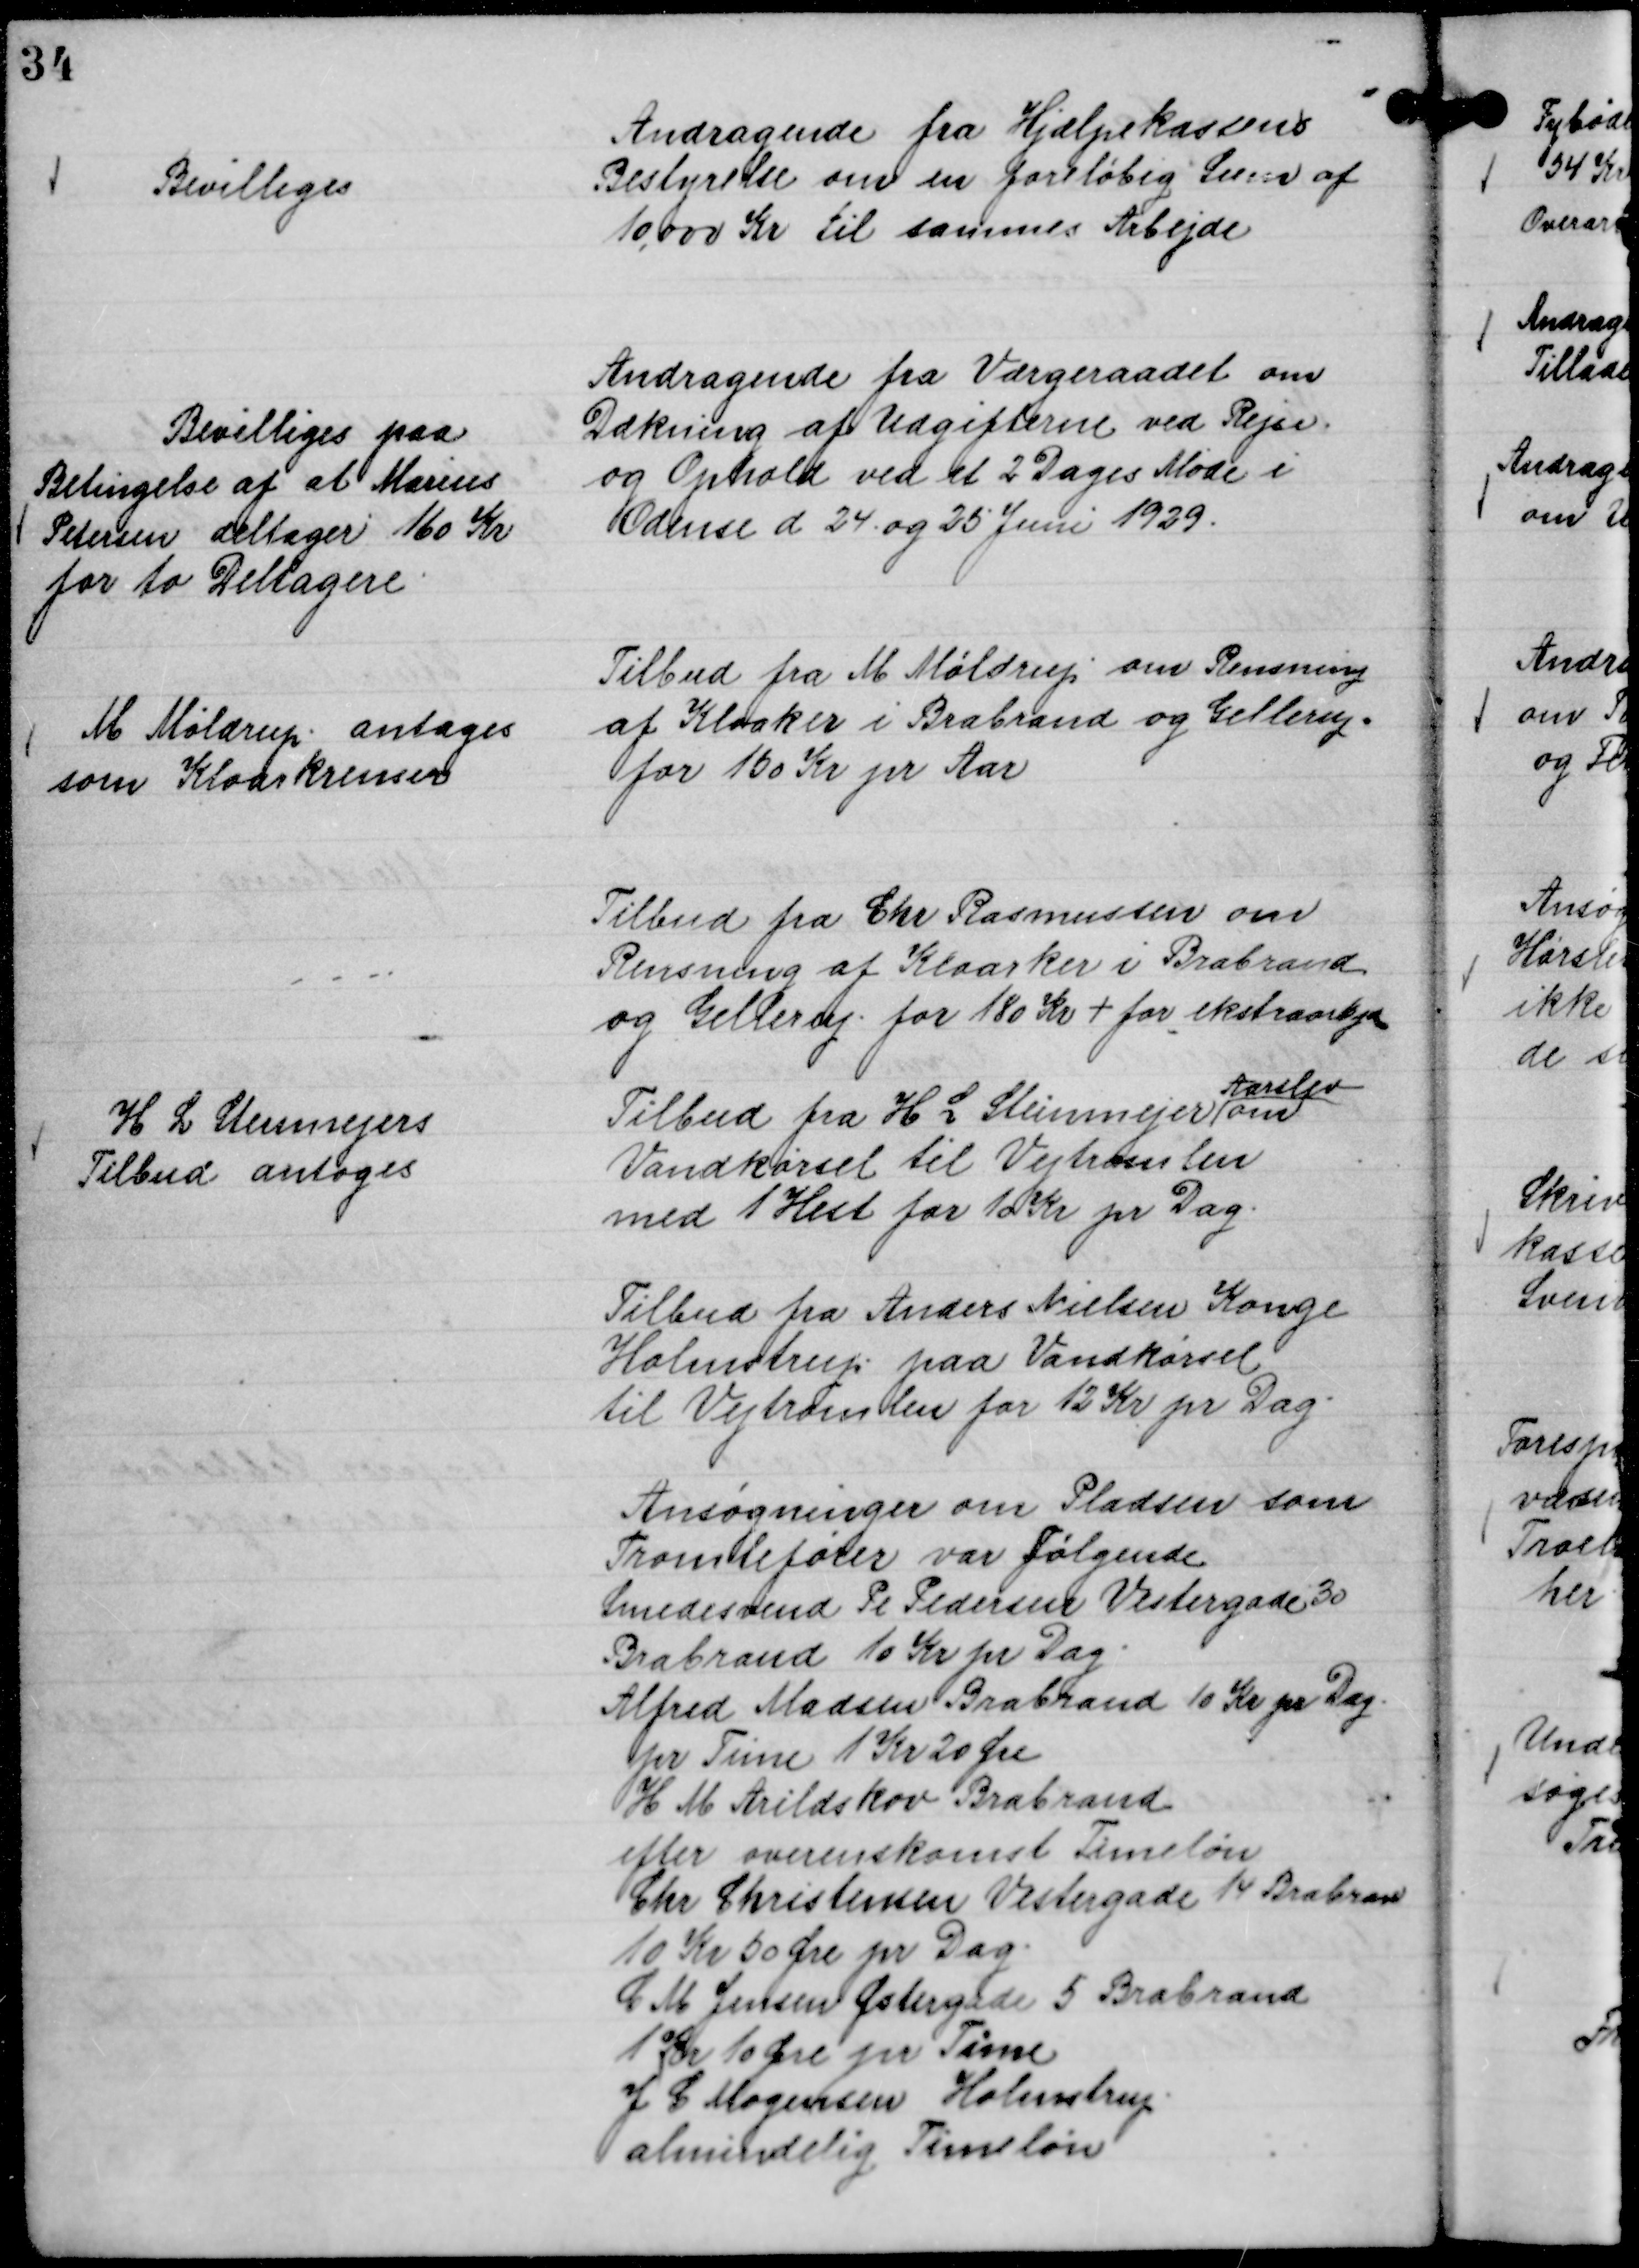
Transskription:
Andragende fra Hjælpekassens
Bestyrelse om en foreløbig Sum af
10.000 Kr til sammes Arbejde

Bevilliges

Andragende fra Værgeraadet om
Dækning af Udgifterne ved Rejse-
og Ophold ved et 2 Dages Møde i
Odense d 24. og 25 Juni 1929.

Bevilliges paa
Betingelse af at Marius
Petersen deltager 160 Kr
for to Deltagere.

Tilbud fra M Møldrup om Rensning
af Kloaker i Brabrand og Gellerup .
for 150 Kr pr Aar

M Møldrup antages
som Kloarkrenser

Tilbud fra Chr Rasmussen om
Rensning af Kloarker i Brabrand
og Gellerup for 180 Kr + for ekstraarbejde
Tilbud fra H L Steinmejer
Aarslev
om
Vandkørsel til Vejtromlen
med 1 Hest for 10 Kr pr Dag.
Tilbud fra Anders Nielsen Konge
Holmstrup paa Vandkørsel
til Vejtromlen for 12 Kr pr Dag.
Ansøgninger om Pladsen som
Tromlefører var følgende
Smedesvend Pe Pedersen Vestergade 30
Brabrand 10 Kr pr Dag.
Alfred Madsen Brabrand 10 Kr pr Dag
pr Time 1 Kr 20 Øre
H M Arildskov Brabrand
efter overenskomst Timeløn
Chr Christensen Vestergade 14 Brabrand
10 Kr 50 Øre pr Dag.
C M Jensen Østergade 5 Brabrand
1 kr 10 Øre pr Time
J C Mogensen Holmstrup.
almindelig Timeløn

H L Steinmejers
Tilbud antoges